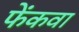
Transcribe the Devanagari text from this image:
फेंकवा